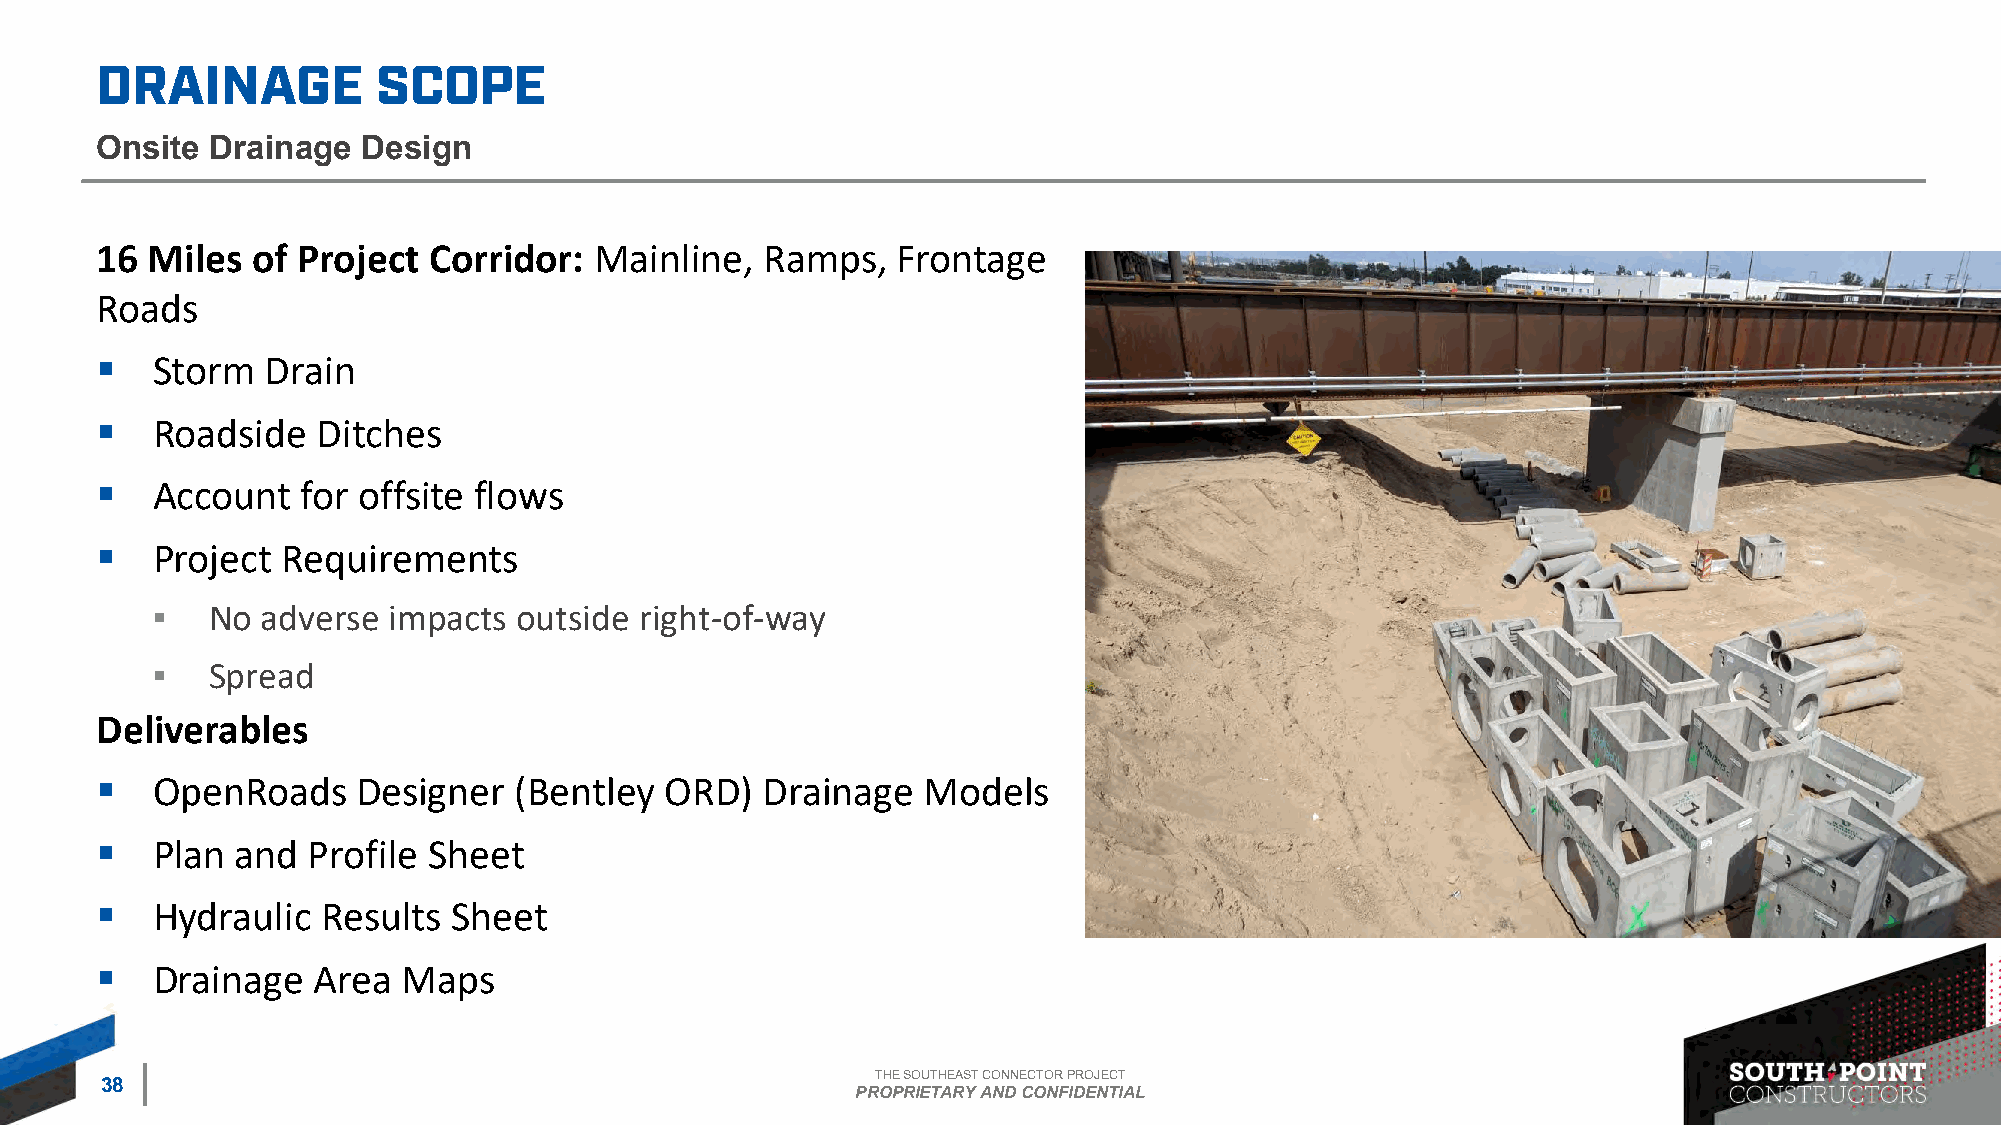
Onsite  Drainage  Design
 16  Miles  of Project Corridor:  Mainline,  Ramps,   Frontage
 Roads
 ▪   Storm   Drain
 ▪   Roadside   Ditches
 ▪   Account   for offsite flows
 ▪   Project  Requirements
 ▪   No adverse  impacts outside right-of-way
 ▪   Spread
 Deliverables
 ▪   OpenRoads     Designer  (Bentley  ORD)  Drainage   Models
 ▪   Plan  and Profile Sheet
 ▪   Hydraulic  Results  Sheet
 ▪   Drainage   Area  Maps
 THE SOUTHEAST CONNECTOR PROJECT
 38
 PROPRIETARY AND CONFIDENTIAL